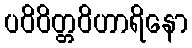
ပဝိဝိတ္တဝိဟာရိနော